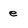
Character: e